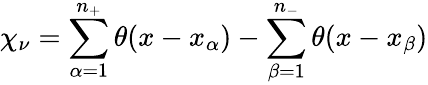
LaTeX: \chi_{\nu}=\sum_{\alpha=1}^{n_{+}}\theta(x-x_{\alpha})-\sum_{\beta=1}^{n_{-}}\theta(x-x_{\beta})